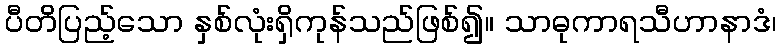
ပီတိပြည့်သော နှစ်လုံးရှိကုန်သည်ဖြစ်၍။ သာဓုကာရသီဟာနာဒံ၊